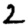
Digit: 2